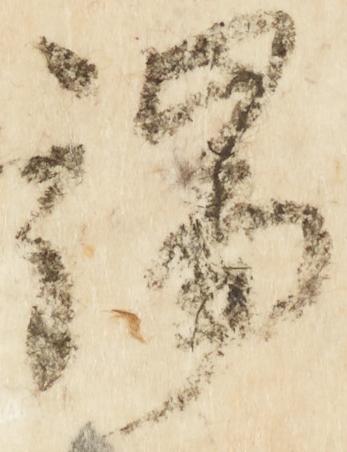
端